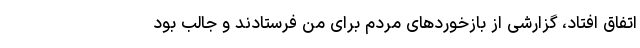
اتفاق افتاد، گزارشی از بازخوردهای مردم برای من فرستادند و جالب بود